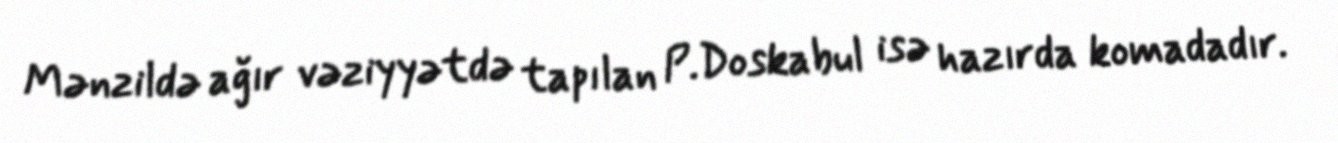
Mənzildə ağır vəziyyətdə tapılan P.Doskabul isə hazırda komadadır.